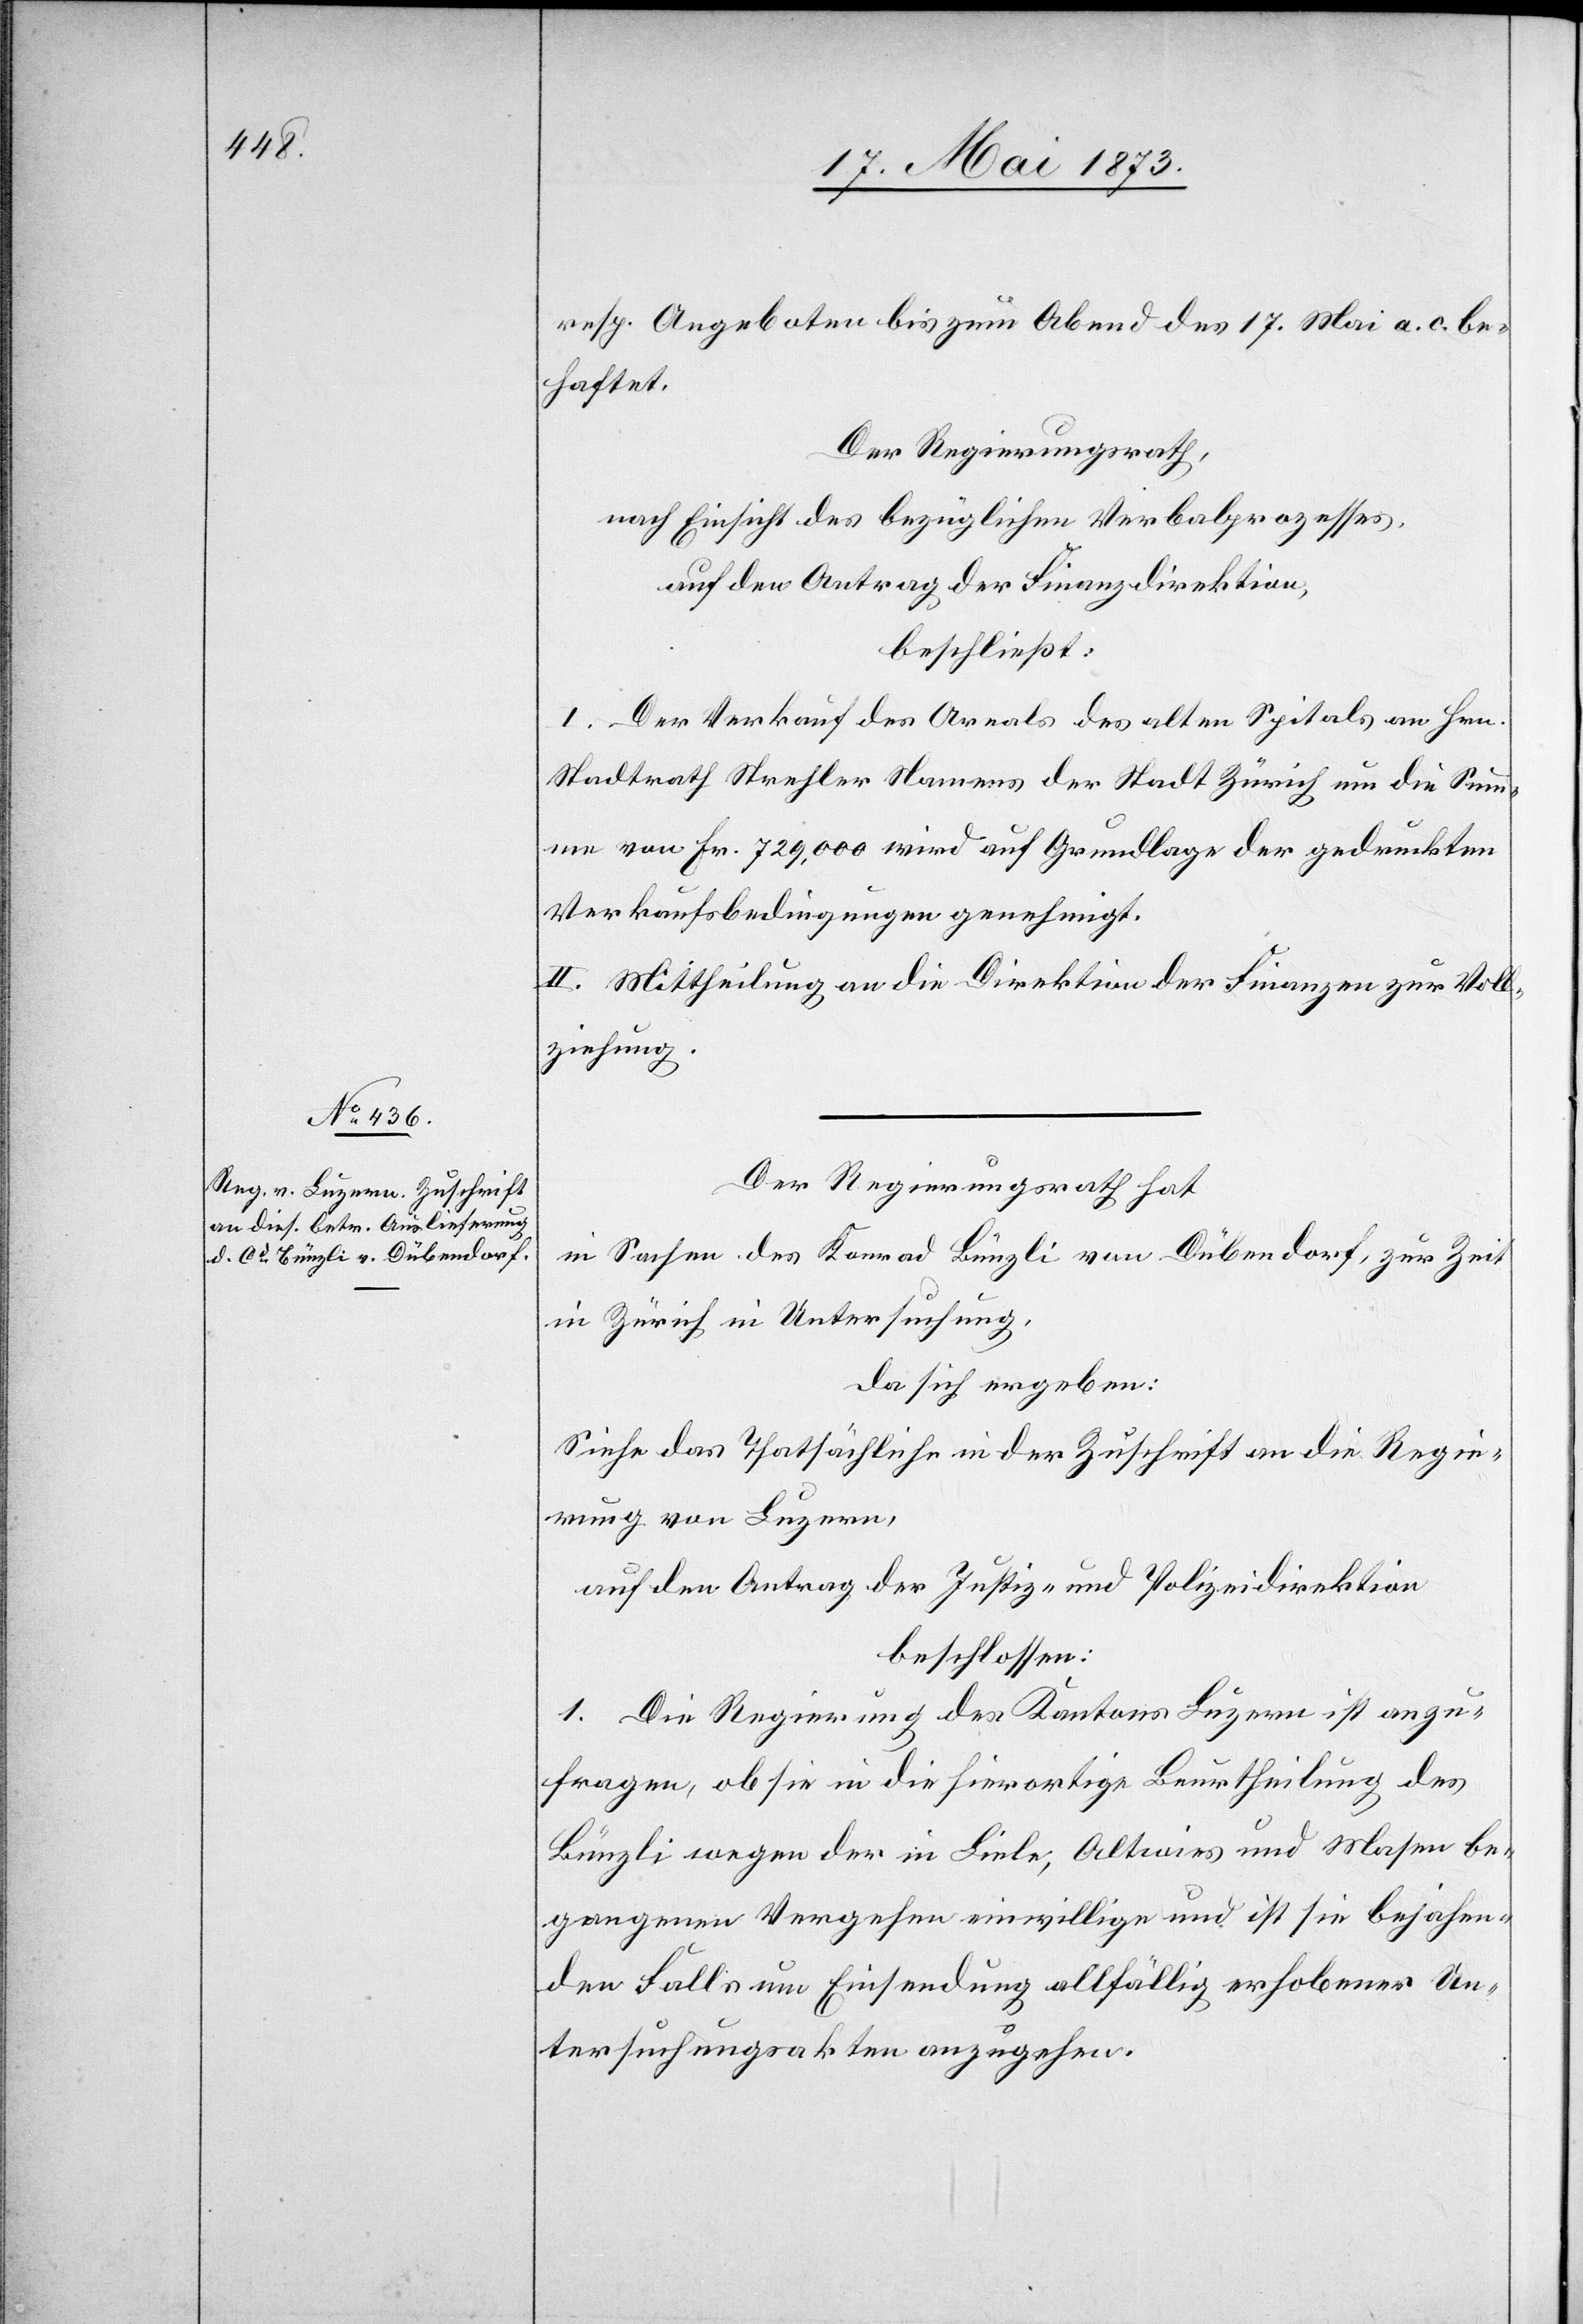
resp. Angeboten bis zum Abend des 17. Mai a. c. be¬
haftet.
Der Regierungsrath,
nach Einsicht des bezüglichen Verbalprozesses,
auf den Antrag der Finanzdirektion,
beschließt:
1. Der Verkauf des Areals des alten Spitals an Hrn.
Stadtrath Strehler Namens der Stadt Zürich um die Sum¬
me von Fr. 729,000 wird auf Grundlage der gedruckten
Verkaufsbedingungen genehmigt.
II. Mittheilung an die Direktion der Finanzen zur Voll¬
ziehung.
Der Regierungsrath hat
in Sachen des Konrad Bünzli von Dübendorf, zur Zeit
in Zürich in Untersuchung,
da sich ergeben:
Siehe das Thatsächliche in der Zuschrift an die Regie¬
rung von Luzern,
auf den Antrag der Justiz- und Polizeidirektion
beschlossen:
1. Die Regierung des Kantons Luzern ist anzu¬
fragen, ob sie in die hierortige Beurtheilung des
Bünzli wegen der in Liele, Altwies und Masen be¬
gangenen Vergehen einwillige und ist sie bejahen¬
den Falls um Einsendung allfällig erhobener Un¬
tersuchungsakten anzugehen.